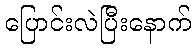
ပြောင်းလဲပြီးနောက်